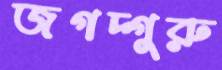
জগদ্গুরু